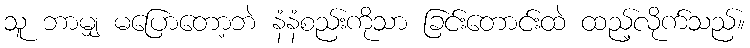
သူ ဘာမျှ မပြောတော့ဘဲ နံနံစည်းကိုသာ ခြင်းတောင်းထဲ ထည့်လိုက်သည်။